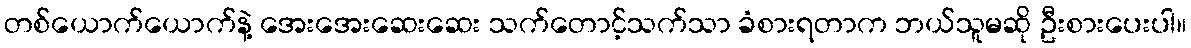
တစ်ယောက်ယောက်နဲ့ အေးအေးဆေးဆေး သက်တောင့်သက်သာ ခံစားရတာက ဘယ်သူမဆို ဦးစားပေးပါ။